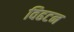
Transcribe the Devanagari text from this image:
विढटन